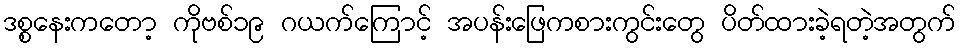
ဒစ္စနေးကတော့ ကိုဗစ်၁၉ ဂယက်ကြောင့် အပန်းဖြေကစားကွင်းတွေ ပိတ်ထားခဲ့ရတဲ့အတွက်